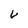
Character: v